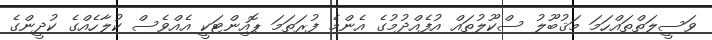
ވަސީލަތްތައްހަމަ މަޤުބޫލު ސްކޫލުތައް އުފެއްދުމުގެ އެންމެ ފުރަތަމަ ޕޮއިންޓަކީ އެއްވެސް ކުލާހެއްގެ ކުދީންގެ